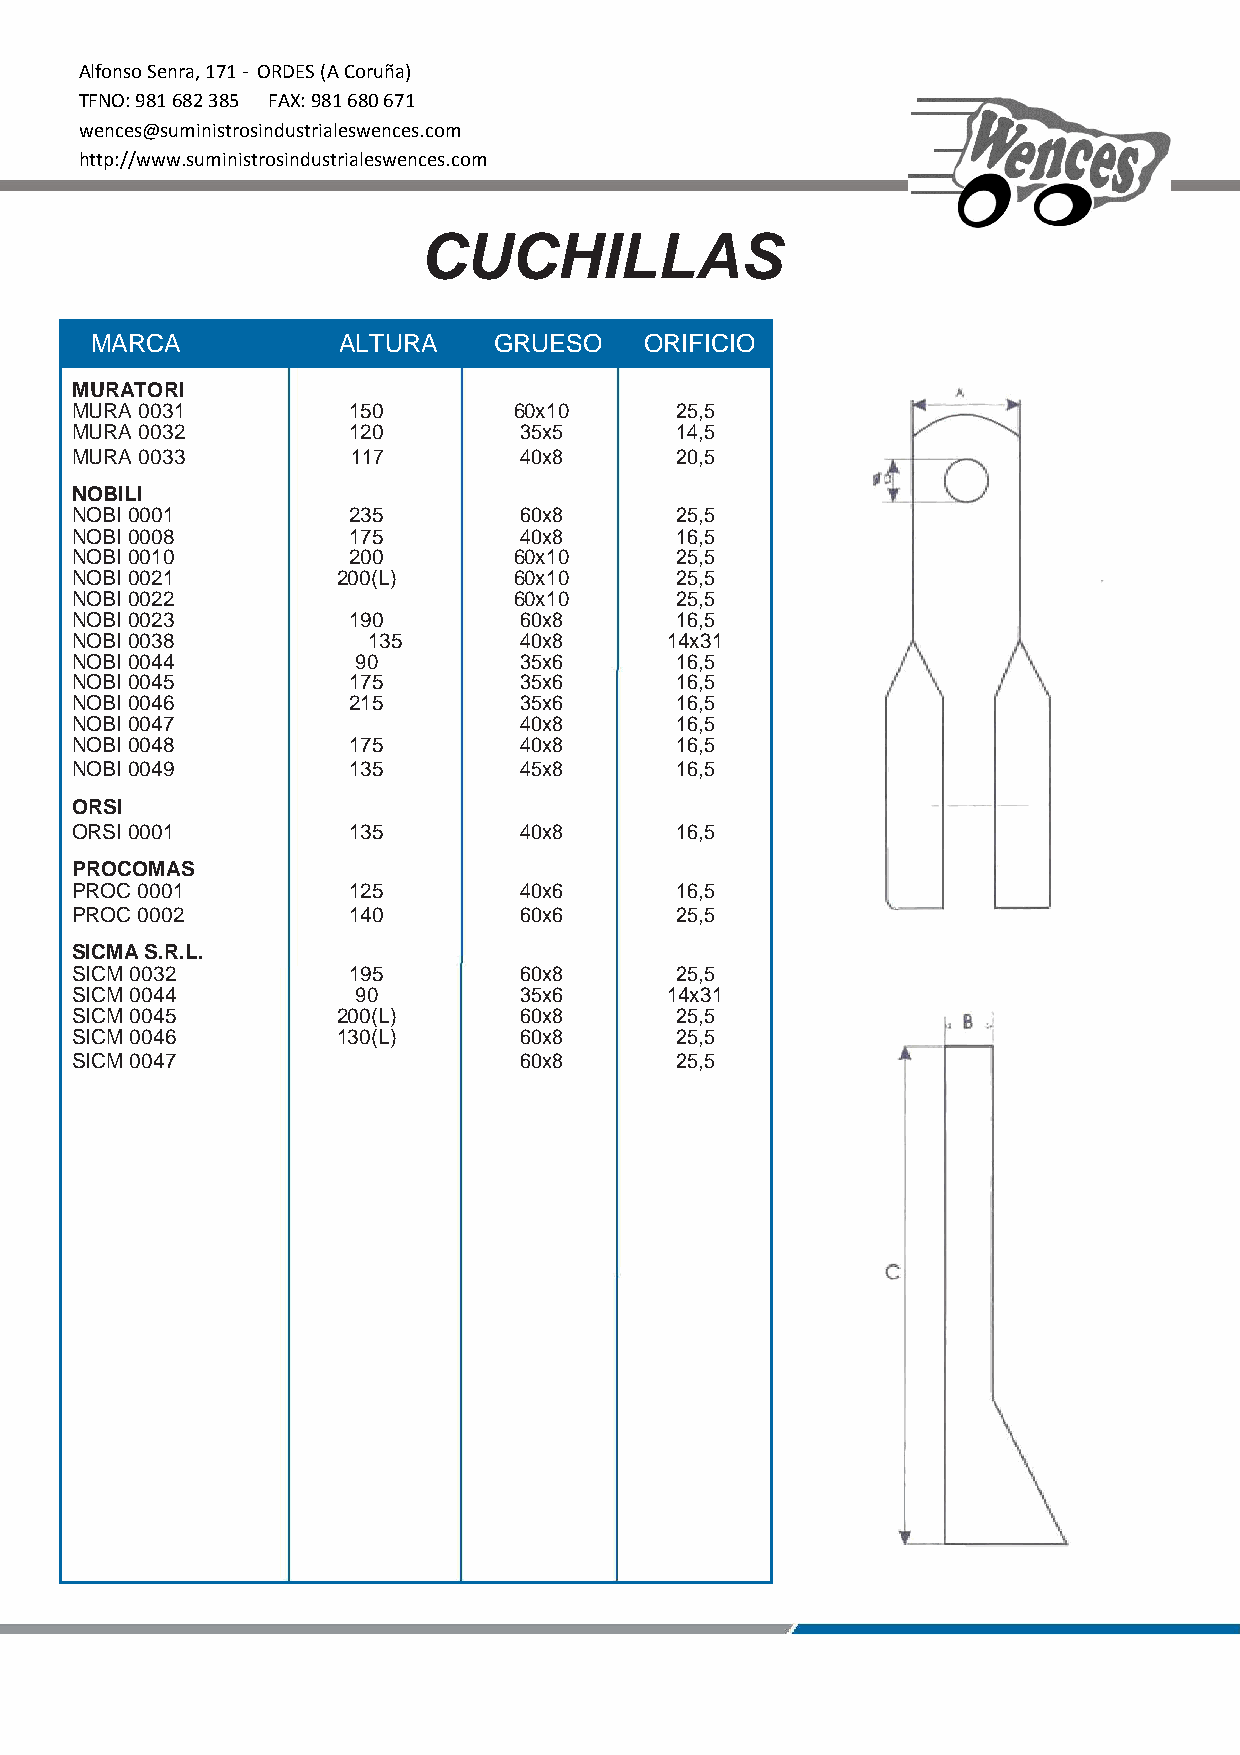
Alfonso Senra, 171 - ORDES (A Coruña)
 TFNO: 981 682 385 FAX: 981 680 671
 wences@suministrosindustrialeswences.com
 http://www.suministrosindustrialeswences.com
 CUCHILLAS
 MARCA           ALTURA     GRUESO    ORIFICIO
 MURATORI
 MURA 0031         150        60x10      25,5
 MURA 0032         120        35x5       14,5
 MURA 0033         117        40x8       20,5
 NOBILI
 NOBI 0001         235        60x8       25,5
 NOBI 0008         175        40x8       16,5
 NOBI 0010         200        60x10      25,5
 NOBI 0021        200(L)      60x10      25,5
 NOBI 0022                    60x10      25,5
 NOBI 0023         190        60x8       16,5
 NOBI 0038          135       40x8      14x31
 NOBI 0044          90        35x6       16,5
 NOBI 0045         175        35x6       16,5
 NOBI 0046         215        35x6       16,5
 NOBI 0047                    40x8       16,5
 NOBI 0048         175        40x8       16,5
 NOBI 0049         135        45x8       16,5
 ORSI
 ORSI 0001         135        40x8       16,5
 PROCOMAS
 PROC 0001         125        40x6       16,5
 PROC 0002         140        60x6       25,5
 SICMA S.R.L.
 SICM 0032         195        60x8       25,5
 SICM 0044          90        35x6      14x31
 SICM 0045        200(L)      60x8       25,5
 SICM 0046        130(L)      60x8       25,5
 SICM 0047                    60x8       25,5